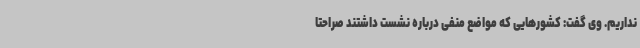
نداریم. وی گفت: کشورهایی که مواضع منفی درباره نشست داشتند صراحتا